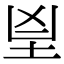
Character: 𦤴